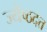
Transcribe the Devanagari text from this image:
ज्येष्ठदत्त